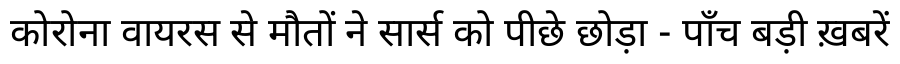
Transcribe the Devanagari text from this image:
कोरोना वायरस से मौतों ने सार्स को पीछे छोड़ा - पाँच बड़ी ख़बरें